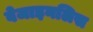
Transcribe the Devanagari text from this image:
वेजाइनलिस